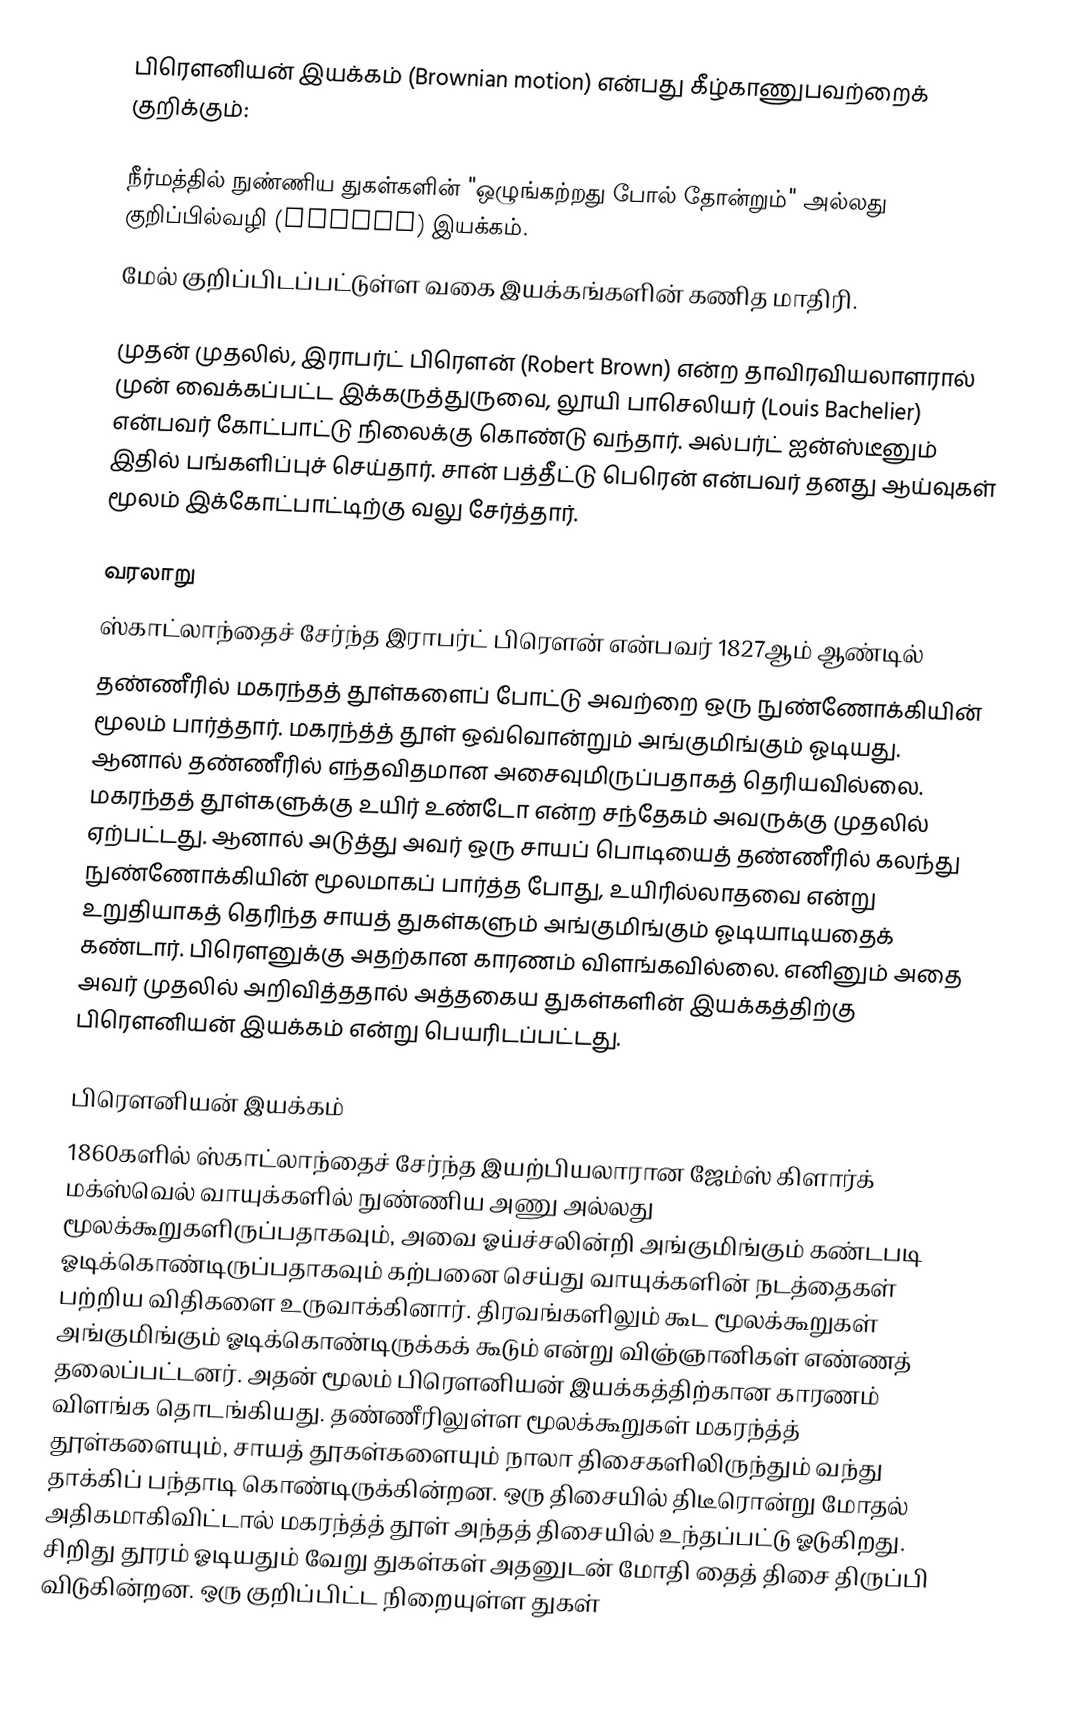
பிரௌனியன் இயக்கம் (Brownian motion) என்பது கீழ்காணுபவற்றைக் குறிக்கும்:

 நீர்மத்தில் நுண்ணிய துகள்களின் "ஒழுங்கற்றது போல் தோன்றும்" அல்லது குறிப்பில்வழி (random) இயக்கம்.
 மேல் குறிப்பிடப்பட்டுள்ள வகை இயக்கங்களின் கணித மாதிரி.

முதன் முதலில், இராபர்ட் பிரௌன் (Robert Brown) என்ற தாவிரவியலாளரால் முன் வைக்கப்பட்ட இக்கருத்துருவை, லூயி பாசெலியர் (Louis Bachelier) என்பவர் கோட்பாட்டு நிலைக்கு கொண்டு வந்தார். அல்பர்ட் ஐன்ஸ்டீனும் இதில் பங்களிப்புச் செய்தார். சான் பத்தீட்டு பெரென் என்பவர் தனது ஆய்வுகள் மூலம் இக்கோட்பாட்டிற்கு வலு சேர்த்தார்.

வரலாறு
ஸ்காட்லாந்தைச் சேர்ந்த இராபர்ட் பிரௌன் என்பவர் 1827ஆம் ஆண்டில்
தண்ணீரில் மகரந்தத் தூள்களைப் போட்டு அவற்றை ஒரு நுண்ணோக்கியின் மூலம் பார்த்தார். மகரந்த்த் தூள் ஒவ்வொன்றும் அங்குமிங்கும் ஓடியது. ஆனால் தண்ணீரில் எந்தவிதமான அசைவுமிருப்பதாகத் தெரியவில்லை. மகரந்தத் தூள்களுக்கு உயிர் உண்டோ என்ற சந்தேகம் அவருக்கு முதலில் ஏற்பட்டது. ஆனால் அடுத்து அவர் ஒரு சாயப் பொடியைத் தண்ணீரில் கலந்து நுண்ணோக்கியின் மூலமாகப் பார்த்த போது, உயிரில்லாதவை என்று உறுதியாகத் தெரிந்த சாயத் துகள்களும் அங்குமிங்கும் ஓடியாடியதைக் கண்டார். பிரௌனுக்கு அதற்கான காரணம் விளங்கவில்லை. எனினும் அதை அவர் முதலில் அறிவித்ததால் அத்தகைய துகள்களின் இயக்கத்திற்கு பிரௌனியன் இயக்கம் என்று பெயரிடப்பட்டது.

பிரௌனியன் இயக்கம்
1860களில் ஸ்காட்லாந்தைச் சேர்ந்த இயற்பியலாரான ஜேம்ஸ் கிளார்க் மக்ஸ்வெல் வாயுக்களில் நுண்ணிய அணு அல்லது மூலக்கூறுகளிருப்பதாகவும், அவை ஓய்ச்சலின்றி அங்குமிங்கும் கண்டபடி ஓடிக்கொண்டிருப்பதாகவும் கற்பனை செய்து வாயுக்களின் நடத்தைகள் பற்றிய விதிகளை உருவாக்கினார். திரவங்களிலும் கூட மூலக்கூறுகள் அங்குமிங்கும் ஓடிக்கொண்டிருக்கக் கூடும் என்று விஞ்ஞானிகள் எண்ணத் தலைப்பட்டனர். அதன் மூலம் பிரௌனியன் இயக்கத்திற்கான காரணம் விளங்க தொடங்கியது. தண்ணீரிலுள்ள மூலக்கூறுகள் மகரந்த்த் தூள்களையும், சாயத் தூகள்களையும் நாலா திசைகளிலிருந்தும் வந்து தாக்கிப் பந்தாடி கொண்டிருக்கின்றன. ஒரு திசையில் திடீரொன்று மோதல் அதிகமாகிவிட்டால் மகரந்த்த் தூள் அந்தத் திசையில் உந்தப்பட்டு ஓடுகிறது. சிறிது தூரம் ஓடியதும் வேறு துகள்கள் அதனுடன் மோதி தைத் திசை திருப்பி விடுகின்றன. ஒரு குறிப்பிட்ட நிறையுள்ள துகள்